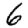
Digit: 6